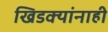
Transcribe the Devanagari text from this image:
खिडक्यांनाही